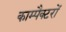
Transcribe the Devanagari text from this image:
काम्पैक्टरों